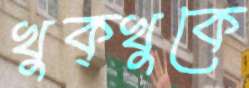
খুক্‌খুকে